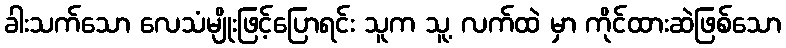
ခါးသက်သော လေသံမျိုးဖြင့်ပြောရင်း သူက သူ့ လက်ထဲ မှာ ကိုင်ထားဆဲဖြစ်သော